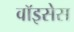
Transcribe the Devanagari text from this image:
वॉइसेस